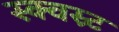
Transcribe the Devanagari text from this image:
स्क्वस्र्ट